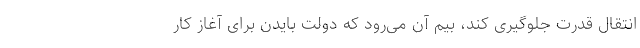
انتقال قدرت جلوگیری کند، بیم آن می‌رود که دولت بایدن برای آغاز کار